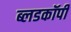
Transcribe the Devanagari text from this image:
ब्लडकॉपी